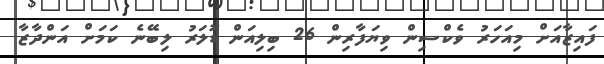
ފައިޒާއަށް މިއަހަރު ވެކްސިން ވިޔަފާރިން 26 ބިލިއަން ޑޮލަރު ލިބޭނެ ކަމަށް އަންދާޒާ